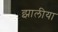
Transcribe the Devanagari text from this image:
झालीया